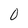
Character: 0